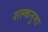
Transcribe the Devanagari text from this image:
शल्कनुमा